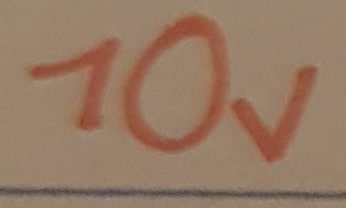
Text: 10V